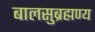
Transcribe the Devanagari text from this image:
बालसुब्रह्मण्य